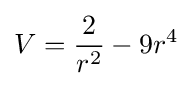
V={\frac {2}{r^{2}}}-9r^{4}